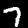
Digit: 7